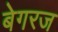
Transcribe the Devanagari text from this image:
बेगरज